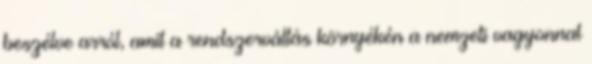
beszélve arról, amit a rendszerváltás környékén a nemzeti vagyonnal